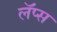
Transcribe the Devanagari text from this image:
लॅप्स